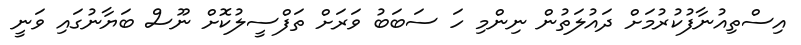
އިސްތިއުނާފުކުރުމަށް ދައުލަތުން ނިންމި ހަ ސަބަބު ވަރަށް ތަފްސީލުކޮށް ނޫސް ބަޔާނުގައި ވަނީ